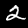
Label: 2